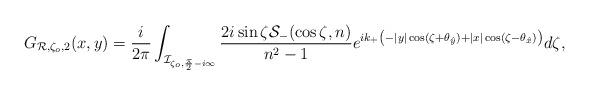
LaTeX: \begin{align*} &G_{\mathcal R,\zeta_o, 2}(x,y) = \frac{i}{2\pi}\int_{\mathcal I_{\zeta_o,\frac{\pi}2-i\infty}}\frac{2i\sin\zeta\mathcal S_{-}(\cos\zeta,n)}{n^2-1} {e^{ik_{+}\left(-\vert y \vert\cos(\zeta+\theta_{\hat y})+ \vert x \vert\cos(\zeta-\theta_{\hat x})\right)}} d\zeta,\end{align*}